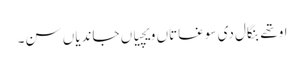
اوتھے بنگال دی سوغاتاں ویچیاں جاندیاں سن۔